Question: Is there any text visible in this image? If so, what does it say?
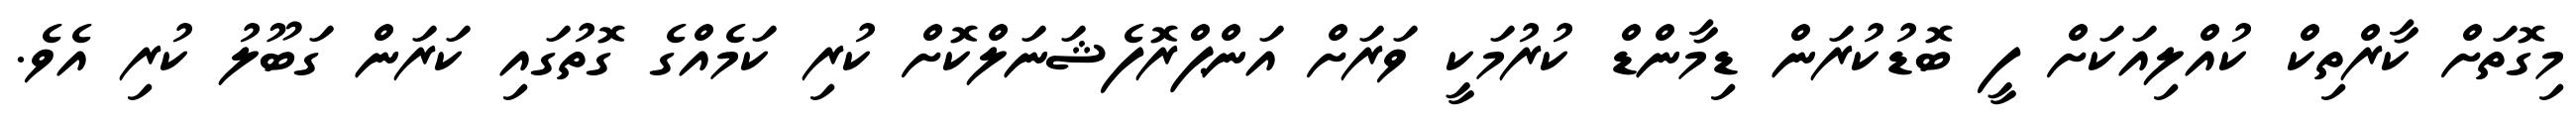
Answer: މިގޮތަށް ކާރްތިކް ކުއްލިއަކަށް ފީ ބޮޑުކުރަން ޑިމާންޑް ކުރުމަކީ ވަރަށް އަންޕްރޮފެޝަނަލްކޮށް ކުރި ކަމެއްގެ ގޮތުގައި ކަރަން ގަބޫލު ކުރި އެވެ.